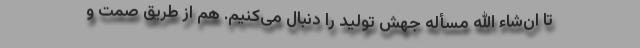
تا ان‌شاء الله مسأله جهش تولید را دنبال می‌کنیم. هم از طریق صمت و